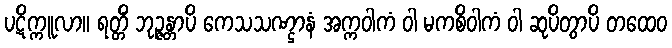
ပဋိက္ကူလာ။ ရတ္တိံ ဘုဉ္ဇန္တာပိ ကေသသဏ္ဌာနံ အက္ကဝါကံ ဝါ မကစိဝါကံ ဝါ ဆုပိတွာပိ တထေဝ